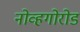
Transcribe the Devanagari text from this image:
नोव्हगोरोड